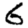
Digit: 6